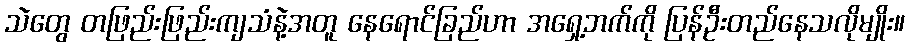
သဲတွေ တဖြည်းဖြည်းကျသံနဲ့အတူ နေရောင်ခြည်ဟာ အရှေ့ဘက်ကို ပြန်ဦးတည်နေသလိုမျိုး။